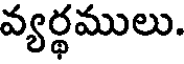
వ్యర్థములు.